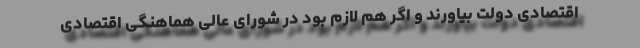
اقتصادی دولت بیاورند و اگر هم لازم بود در شورای عالی هماهنگی اقتصادی